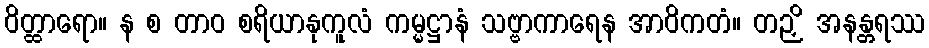
ဝိတ္ထာရော။ န စ တာဝ စရိယာနုကူလံ ကမ္မဋ္ဌာနံ သဗ္ဗာကာရေန အာဝိကတံ။ တဉှိ အနန္တရဿ